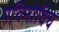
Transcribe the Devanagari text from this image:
गविनोविच